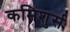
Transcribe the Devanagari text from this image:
कमिशुर्स